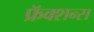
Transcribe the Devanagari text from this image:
फ्रॅक्शन्स